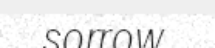
sorrow